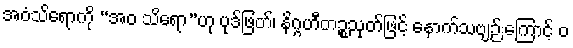
အဝံသိရောကို “အဝ သိရော”ဟု ပုဒ်ဖြတ်၊ နိဂ္ဂဟီတဉ္စသုတ်ဖြင့် နောက်သဗျဉ်းကြောင့် ဝ